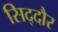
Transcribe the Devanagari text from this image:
सिद्दौर